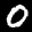
Label: 0